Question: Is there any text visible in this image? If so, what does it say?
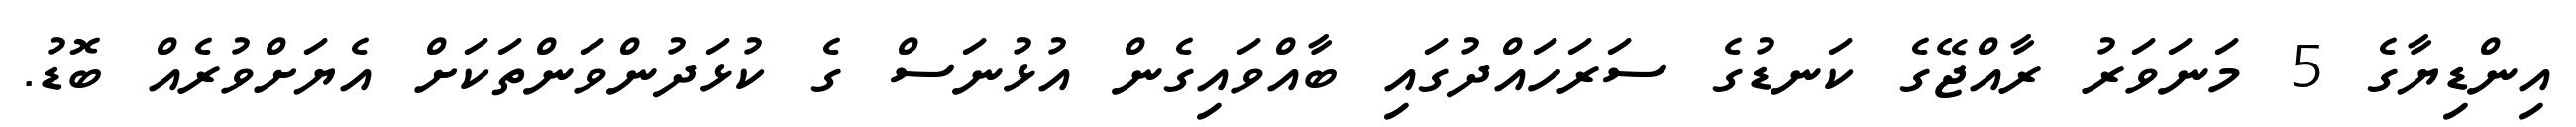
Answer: އިންޑިޔާގެ 5 މަނަވަރު ރާއްޖޭގެ ކަނޑުގެ ސަރަހައްދުގައި ބާއްވައިގެން އުޅުނަސް ގެ ކުޅަދުންވަންތަކަށް އެޔަށްވުރެއް ބޮޑު.